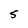
Character: 5